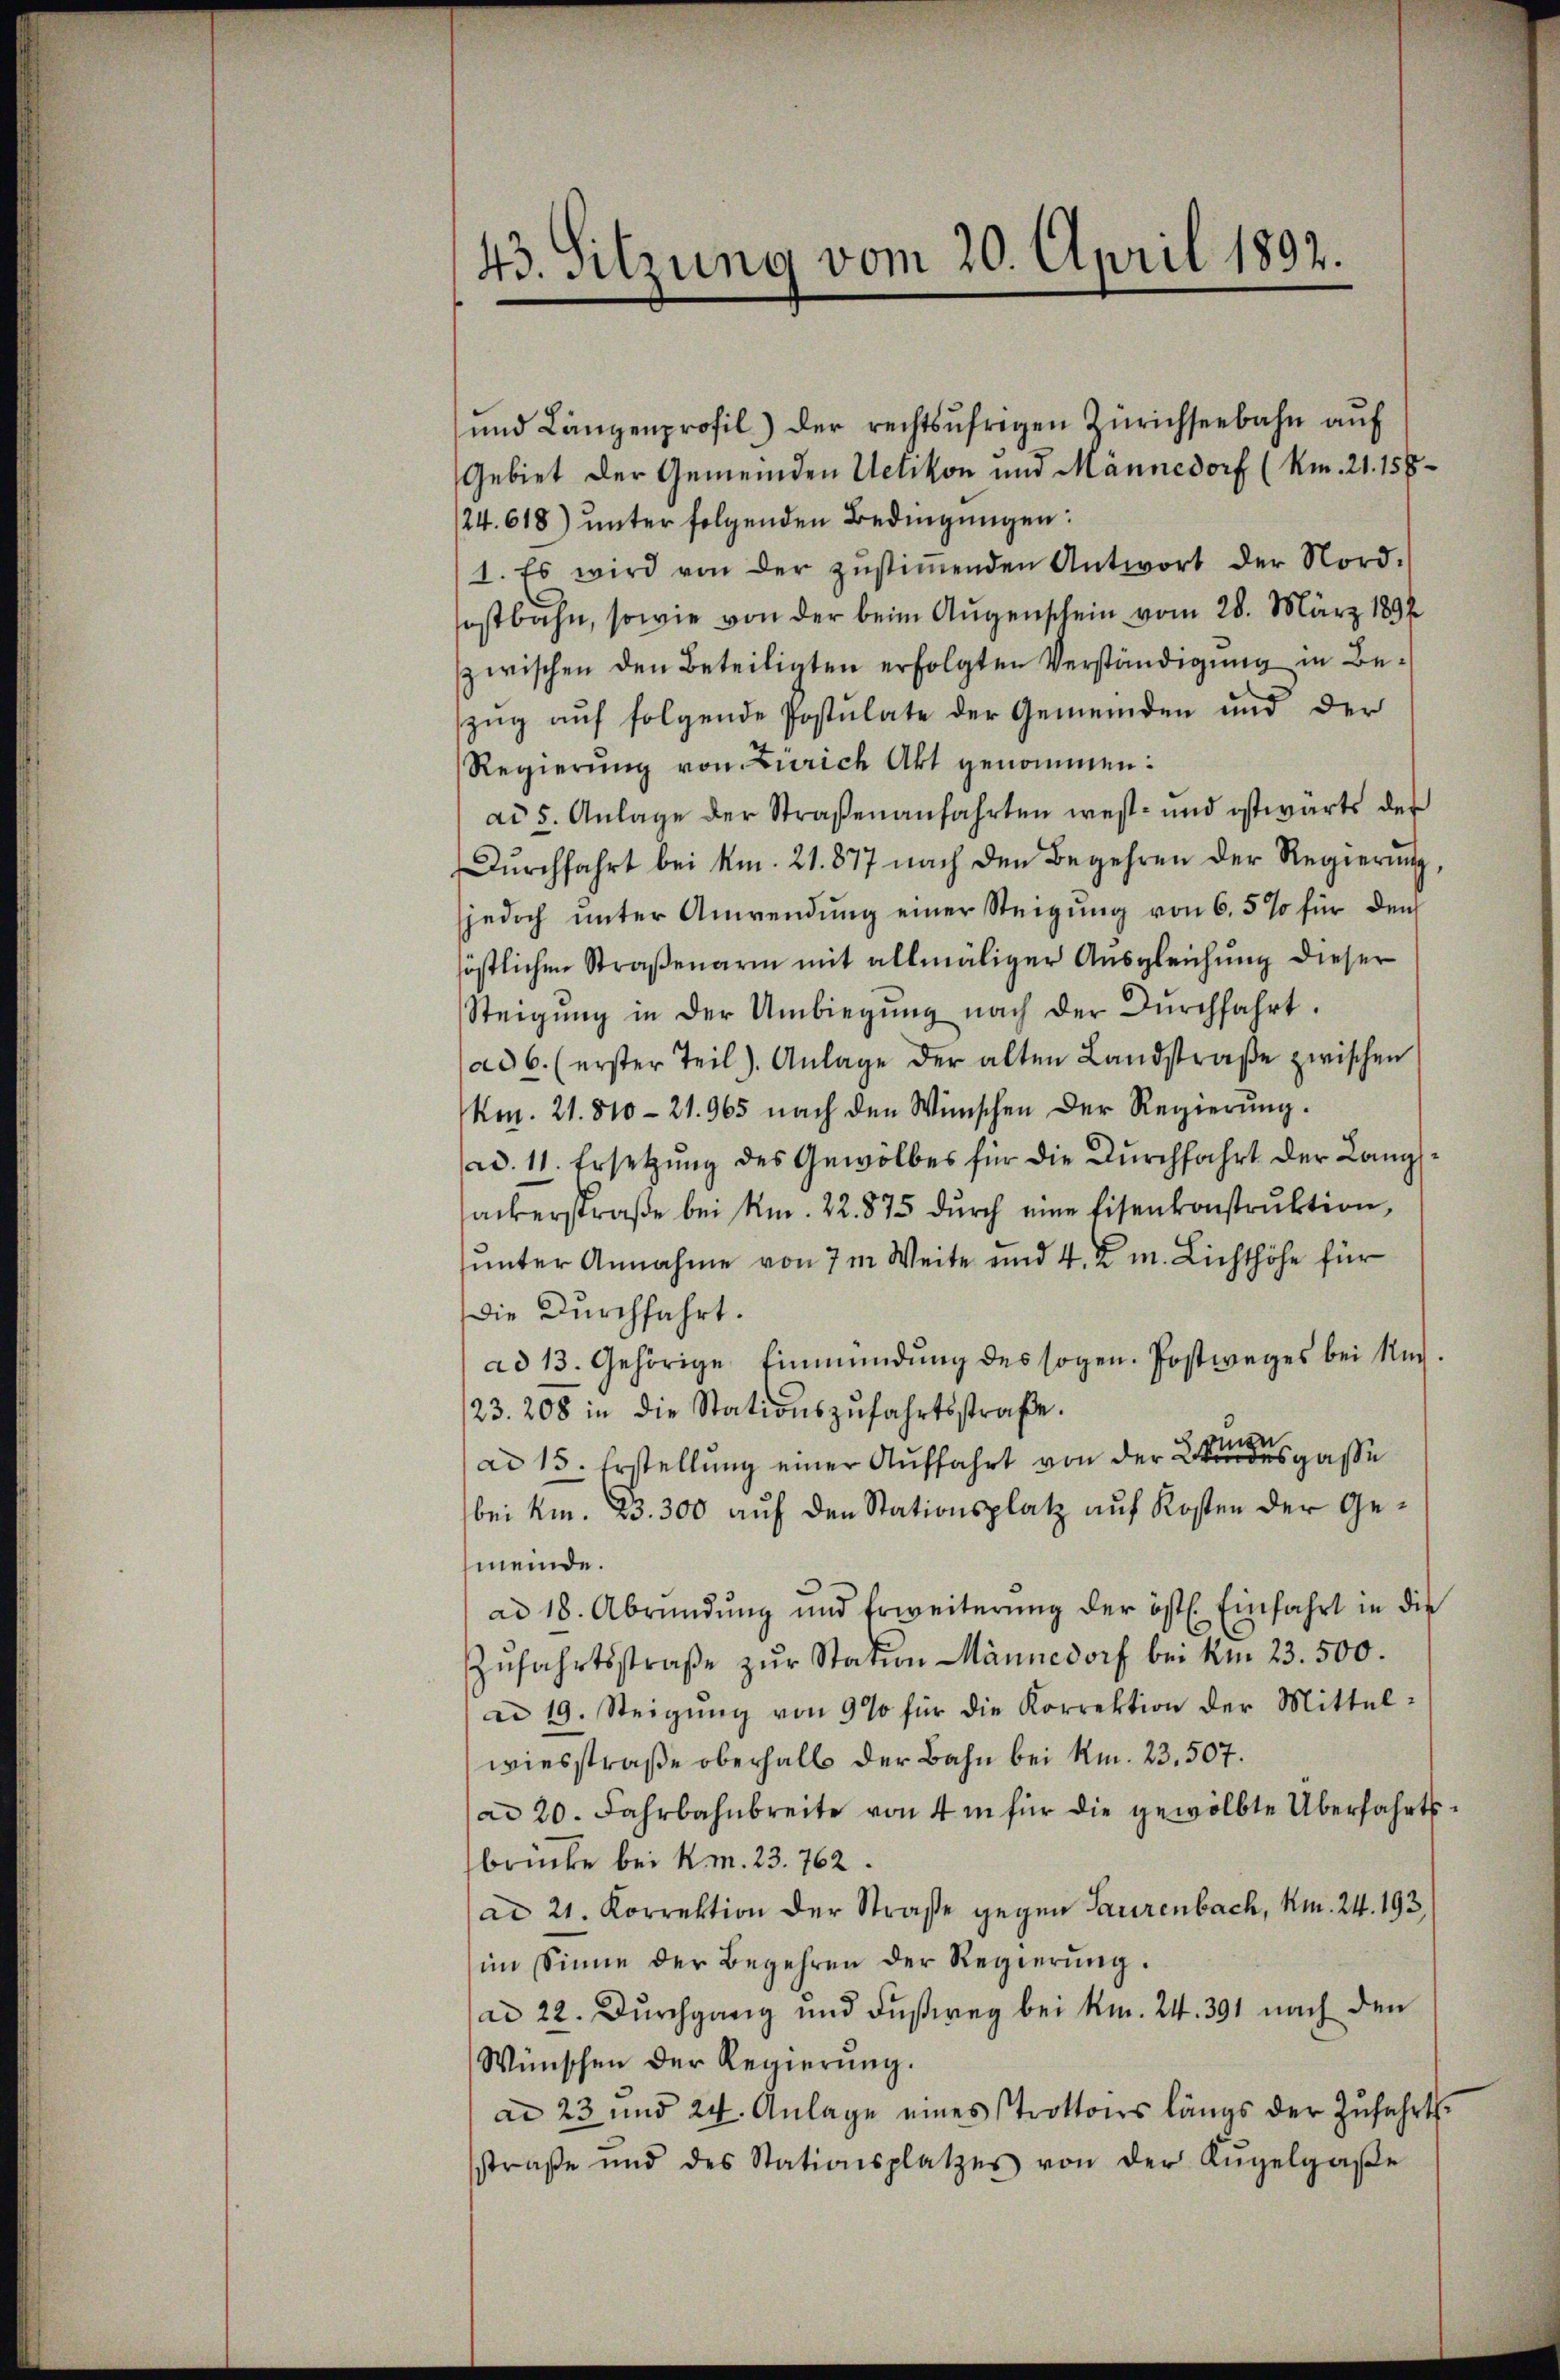
43. Sitzung vom 20. April 1892.

und Längenprofil) der rechtsŭfrigen Zürichseebahn aŭf
Gebiet der Gemeinden Uetikon und Mannedorf (Km. 21. 158
/24.618) unter folgenden Bedingungen:
1. Es wird von der zŭstiṁenden Antwort der Nord-
sostbahn, sowie von der beim Augenschein vom 28. März 1891
zwischen den Beteiligten erfolgten Verständigung in Bezug auf folgende Postulate der Gemeinden und der
Regierŭng von Zürich Akt genommen:
ad 5. Anlage der Straßenanfahrten west- und ostwärts der
Dŭrchfahrt bei Am. 21. 877 nach den Begehren der Regierŭng,
sjedoch ŭnter Anwendung einer Steigung von 6.5% für den
höstlichen Straßenarm mit allmäliger Ausgleichung dieser
Steigŭng in der Umbiegŭng nach der Dŭrchfahrt.
ad 6. (erster Teil). Anlage der alten Landstraβe zwischen
km. 21. 810-21. 965 nach den Wünschen der Regierŭng.
ad. 11. Ersetzŭng des Gewölbes für die Dŭrchfahrt der Lang
ackerstraße bei Am. 22. 875 durch eine Eisenkonstruktion,
unter Annahme von 7m Weite und 4. K. m. Lichthöhe für
die Durchfahrt.
ad 13. Gehörige Einmündŭng des sogen. Postweges bei Nach-
23. 208 in die Stationszŭfahrtsstraβe.
ad 15. Erstellung einer Auffahrt von der Leeren des Gasse
bei kn. 23. 300 aŭf den Stationsplatz aŭf Kosten der Ge-
meinde.
ad 18. Abrŭndŭng und Erweiterŭng der öst. Einfahrt in die
Zŭfahrtsstraβe zŭr Station Männedorf bei Am 23. 500.
ad 19. Steigŭng von 9% für die Korrektion der Mittel-
wiesstraße oberhalb der Bahn bei Km. 23. 507.
ad 20. Fahrbahnbreite von 4 in für die gewölbte Überfahrtsbrücke bei Km. 23. 762.
ad 21. Korrektion der Straße gegen Laurenbach, Am. 24. 193.
im Sinne der Begehren der Regierŭng.
ad 22. Durchgang und Fußweg bei km. 24. 391 nach den
Wünschen der Regierŭng.
ad 23 und 24. Anlage eines trottoirs längs der Zufahrtsstraβe und des Stationsplatzes von der Kugelgaβe